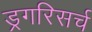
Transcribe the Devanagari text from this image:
ड्रगरिसर्च